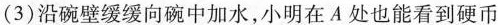
(3)沿碗壁缓缓向碗中加水，小明在A处也能看到硬币